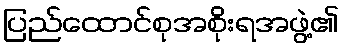
ပြည်ထောင်စုအစိုးရအဖွဲ့၏